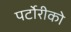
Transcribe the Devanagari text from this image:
पर्टोरीको